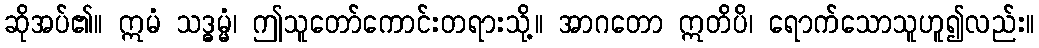
ဆိုအပ်၏။ ဣမံ သဒ္ဓမ္မံ၊ ဤသူတော်ကောင်းတရားသို့။ အာဂတော ဣတိပိ၊ ရောက်သောသူဟူ၍လည်း။